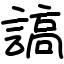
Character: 謞